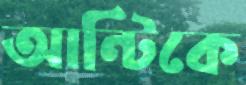
আন্টিকে